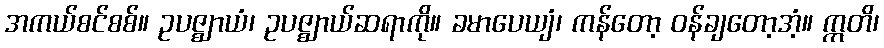
အကယ်စင်စစ်။ ဥပဇ္ဈာယံ၊ ဥပဇ္ဈာယ်ဆရာကို။ ခမာပေယျံ၊ ကန်တော့ ဝန်ချတော့အံ့။ ဣတိ၊